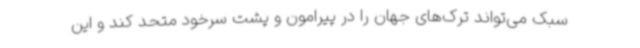
سبک می‌تواند ترک‌های جهان را در پیرامون و پشت سرخود متحد کند و این